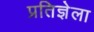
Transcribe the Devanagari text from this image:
प्रतिज्ञेला